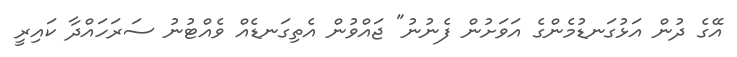
އޭގެ ދުން އަޅުގަނޑުމެންގެ އަވަށުން ފެނުނު" ޖައްވުން އެތިގަނޑެއް ވެއްޓުނު ސަރަހައްދާ ކައިރީ